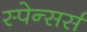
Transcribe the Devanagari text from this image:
स्पेन्सर्स